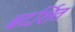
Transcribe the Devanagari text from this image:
बदर्शित